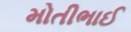
મોતીભાઈ